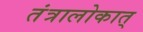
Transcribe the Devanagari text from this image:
तंत्रालोकात्